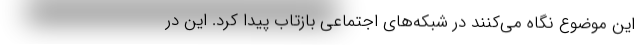
این موضوع نگاه می‌کنند در شبکه‌های اجتماعی بازتاب پیدا کرد. این در